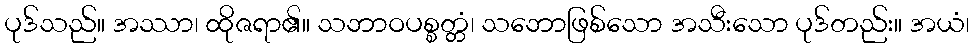
ပုဒ်သည်။ အဿာ၊ ထိုဇရာ၏။ သဘာဝပစ္စတ္တံ၊ သဘောဖြစ်သော အသီးသော ပုဒ်တည်း။ အယံ၊